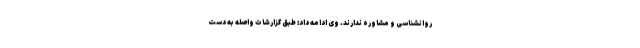
روانشناسی و مشاوره ندارند. وی ادامه داد: طبق گزارشات واصله به دست